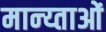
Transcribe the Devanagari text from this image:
मान्य्ताओं